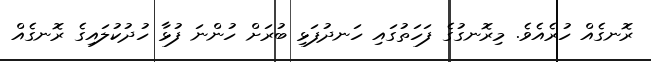
ރޮނގެއް ހުރެއެވެ. މިރޮނގުގެ ފަހަތުގައި ހަނދުފަޅި ބުރަށް ހުންނަ ފުޅާ ހުދުކުލައިގެ ރޮނގެއް